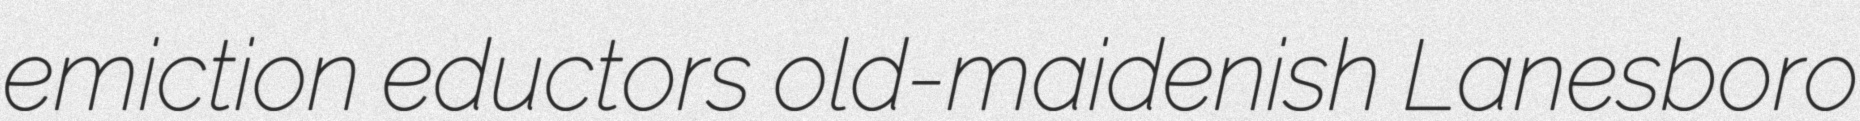
emiction eductors old-maidenish Lanesboro